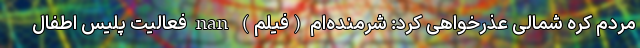
مردم کره شمالی عذرخواهی کرد: شرمنده‌ام (فیلم) nan فعالیت پلیس اطفال